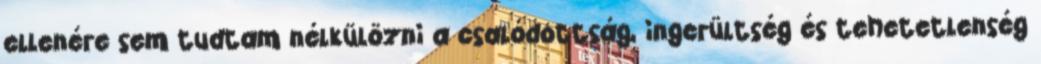
ellenére sem tudtam nélkülözni a csalódottság, ingerültség és tehetetlenség